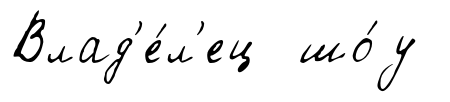
Влад'е́л'ец шо́у